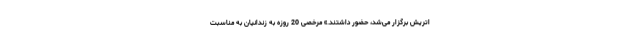
اتریش برگزار می‌شد، حضور داشتند.» مرخصی 20 روزه به زندانیان به مناسبت